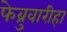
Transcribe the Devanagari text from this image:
फेब्रुवारीहा